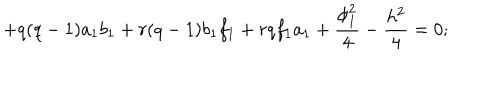
LaTeX: + q ( q - 1 ) a _ { 1 } b _ { 1 } + r ( q - 1 ) b _ { 1 } f _ { 1 } + r q f _ { 1 } a _ { 1 } + \frac { \phi _ { 1 } ^ { 2 } } { 4 } - \frac { h ^ { 2 } } { 4 } = 0 ;